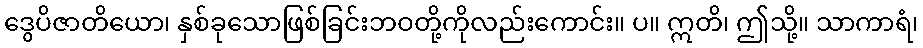
ဒွေပိဇာတိယော၊ နှစ်ခုသောဖြစ်ခြင်းဘဝတို့ကိုလည်းကောင်း။ ပ။ ဣတိ၊ ဤသို့။ သာကာရံ၊